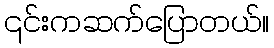
၎င်းကဆက်ပြောတယ်။